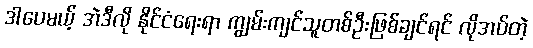
ဒါပေမယ့် အဲဒီလို နိုင်ငံရေးရာ ကျွမ်းကျင်သူတစ်ဦးဖြစ်ချင်ရင် လိုအပ်တဲ့